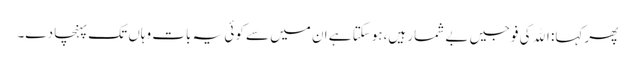
پھر کہا: اﷲ کی فوجیں بے شمار ہیں،ہوسکتا ہے ان میں سے کوئی یہ بات وہاں تک پہنچا دے۔